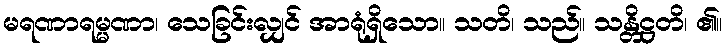
မရဏာရမ္မဏာ၊ သေခြင်းလျှင် အာရုံရှိသော။ သတိ၊ သည်။ သန္တိဋ္ဌတိ၊ ၏။